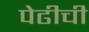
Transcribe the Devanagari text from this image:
पेढीची